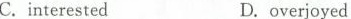
C.interestedD. overjoyed